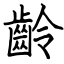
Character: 齡